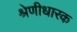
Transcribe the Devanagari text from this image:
श्रेणीधारक